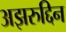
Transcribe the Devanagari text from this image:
अझरुद्दिन